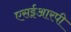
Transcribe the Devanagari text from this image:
एसईआरपी